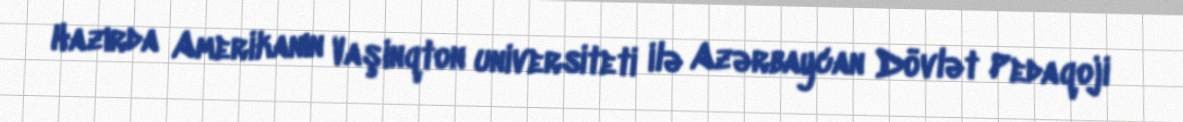
Hazırda Amerikanın Vaşinqton universiteti ilə Azərbaycan Dövlət Pedaqoji